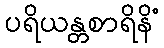
ပရိယန္တစာရိနိံ